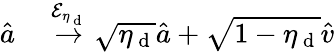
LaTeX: \begin{array}{rl}{\hat{a}}&{{}\overset{\mathcal{E}_{\eta_{\mathrm{~d~}}}}{\rightarrow}\sqrt{\eta_{\mathrm{~d~}}}\hat{a}+\sqrt{1-\eta_{\mathrm{~d~}}}\hat{v}}\end{array}